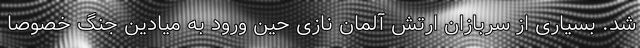
شد. بسیاری از سربازان ارتش آلمان نازی حین ورود به میادین جنگ خصوصا